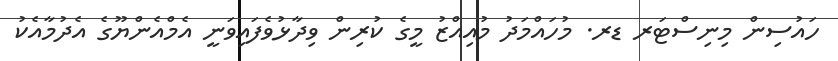
ހައުސިން މިނިސްޓަރ ޑރ. މުހައްމަދު މުއިއްޒު މީގެ ކުރިން ވިދާޅުވެފައިވަނީ އެމްއެންޔޫގެ އެދުމާއެކު